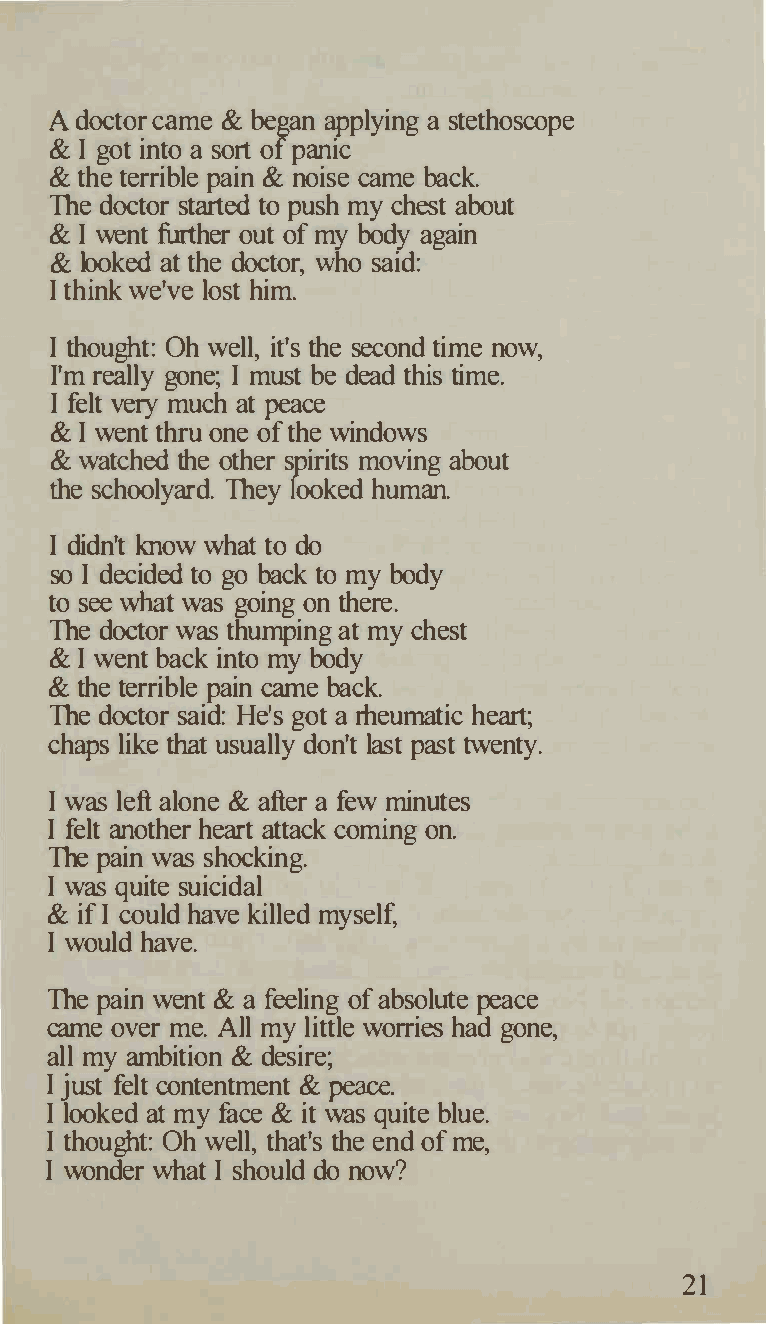
A doctor came & began applying a stethoscope
 & I got into a sort of panic
 & the terrible pain & noise came back.
 The doctor started to push my chest about
 & I went further out of my body again
 & looked at the doctor, who said:
 I think we've lost him.
 I thought: Oh well, it's the second time now,
 I'm really gone; I must be dead this time.
 I felt very much at peace
 & I went thru one of the windows
 & watched the other spirits moving about
 the schoolyard. They looked human.
 I didn't know what to do
 so I decided to go back to my body
 to see what was going on there.
 The doctor was thumping at my chest
 & I went back into my body
 & the terrible pain came back.
 The doctor said: He's got a rheumatic heart;
 chaps like that usually don't last past twenty.
 I was left alone & after a few minutes
 I felt another heart attack coming on.
 The pain was shocking.
 I was quite suicidal
 & if I could have killed myself,
 I would have.
 The pain went & a feeling of absolute peace
 came over me. All my little worries had gone,
 all my ambition & desire;
 I just felt contentment & peace.
 I looked at my face & it was quite blue.
 I thought: Oh well, that's the end of me,
 I wonder what I should do now?
 21